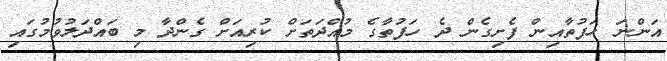
އަންނަ ހަފުތާއިން ފެށިގެން ދެ ހަފުތާގެ މުއްދަތަށް ކުރިއަށް ގެންދާ މި ބައްދަލުވުމުގައި